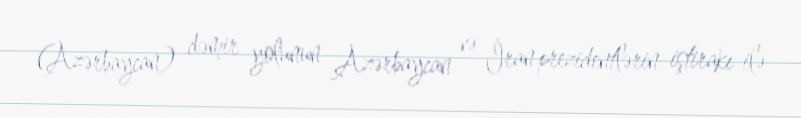
(Azərbaycan) dəmir yolunun Azərbaycan və İran prezidentlərin iştirakı ilə